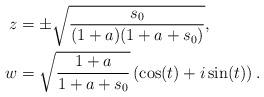
LaTeX: \begin{align*}z & = \pm \sqrt{\frac{s_0}{(1+a)(1+a+s_0)}},\\w & = \sqrt{\frac{1+a}{1+a+s_0}} \left(\cos(t) + i \sin (t)\right).\end{align*}